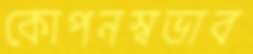
কোপনস্বভাব